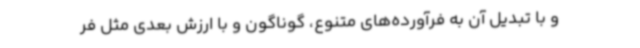
و با تبدیل آن به فرآورده‌های متنوع، گوناگون و با ارزش بعدی مثل فر